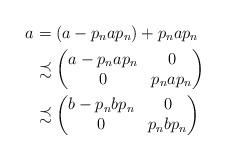
LaTeX: \begin{align*}a&=(a-p_nap_n)+p_nap_n\\&\precsim \begin{pmatrix} a-p_nap_n & 0 \\ 0 & p_nap_n \end{pmatrix}\\ &\precsim \begin{pmatrix} b-p_nbp_n & 0 \\ 0 & p_nbp_n \end{pmatrix} \end{align*}